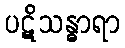
ပဋိသန္ဓာရာ